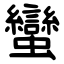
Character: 蠻